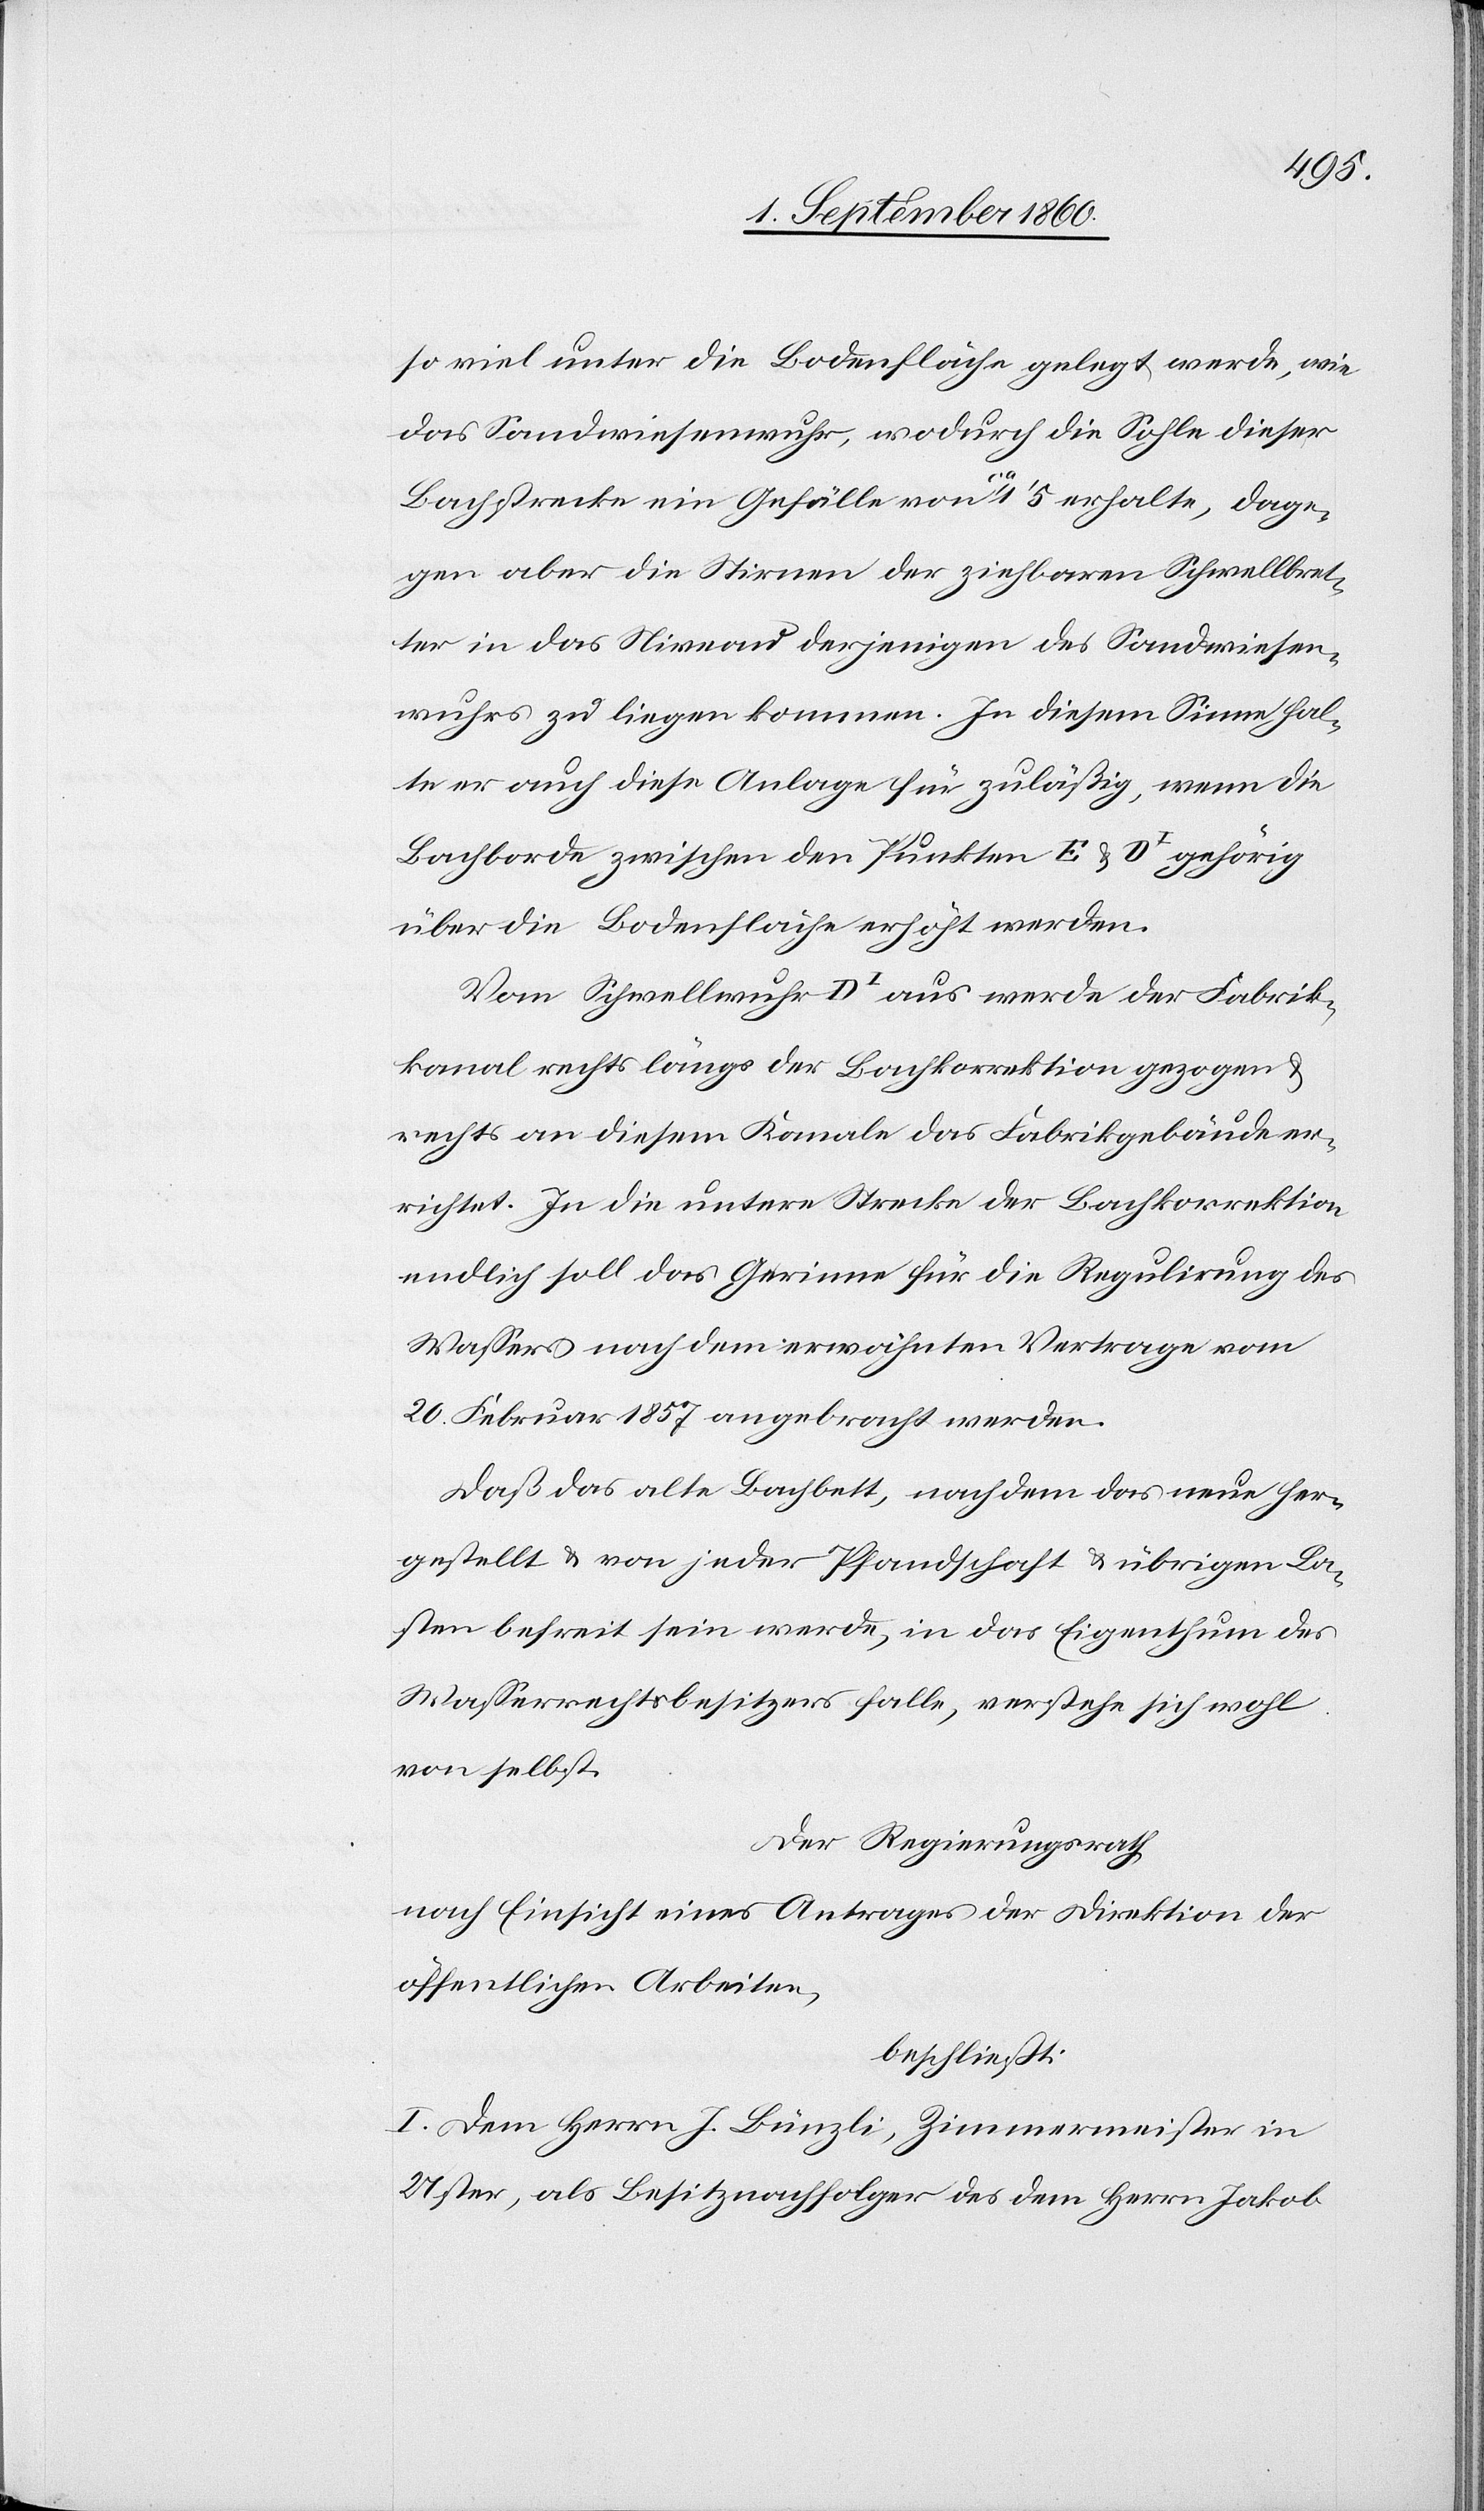
so viel unter die Bodenfläche gelegt werde, wie
das Sandwiesenwuhr, wodurch die Sohle dieser
Bachstrecke ein Gefälle von ca 1’ 5 erhalte, dage¬
gen aber die Stirnen der ziehbaren Schwellbret¬
ter in das Niveau derjenigen des Sandwiesen¬
wuhrs zu liegen kommen. In diesem Sinne hal¬
te er auch diese Anlage für zulässig, wenn die
Bachborde zwischen den Punkten E u. DI gehörig
über die Bodenfläche erhöht werden.
Vom Schwellwuhr DI aus werde der Fabri¬
k[k]anal rechts längs der Bachkorrektion gezogen
rechts an diesem Kanale das Fabrikgebäude er¬
richtet. In die untere Strecke der Bachkorrektion
endlich solle das Gerinne für die Regulirung des
Wassers nach dem erwähnten Vertrage vom
20. Hornung 1857 angebracht werden.
Dass das alte Bachbett, nachdem das neue her¬
gestellt u. von jeder Pfandschaft u. übrigen La¬
sten befreit sein werde, in das Eigenthum des
Wasserrechtsbesitzers falle, verstehe sich wohl
von selbst.
Der Regierungsrath,
nach Einsicht eines Antrages der Direktion der
öffentlichen Arbeiten,
beschliesst:
I. Dem Herrn Bünzli, Zimmermeister in
Uster, als Besitznachfolger des dem Hrn. Jakob